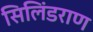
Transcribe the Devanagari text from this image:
सिलिंडराण